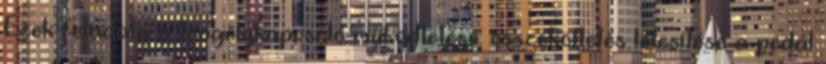
Ezek feladata a tengelykapcsoló működtetése: összeköttetés létesítése a pedál